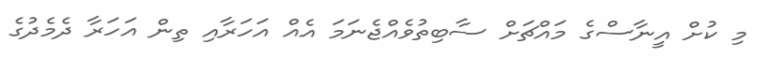
މި ކުށް އީނާސްގެ މައްޗަށް ސާބިތުވެއްޖެނަމަ އެއް އަހަރާއި ތިން އަހަރާ ދެމެދުގެ